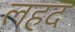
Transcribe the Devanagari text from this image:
लहद